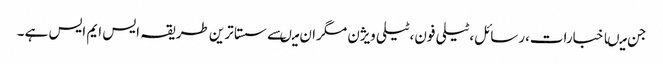
جن میںاخبارات،رسائل،ٹیلی فون،ٹیلی ویژن مگران میںسے سستا ترین طریقہ ایس ایم ایس ہے ۔